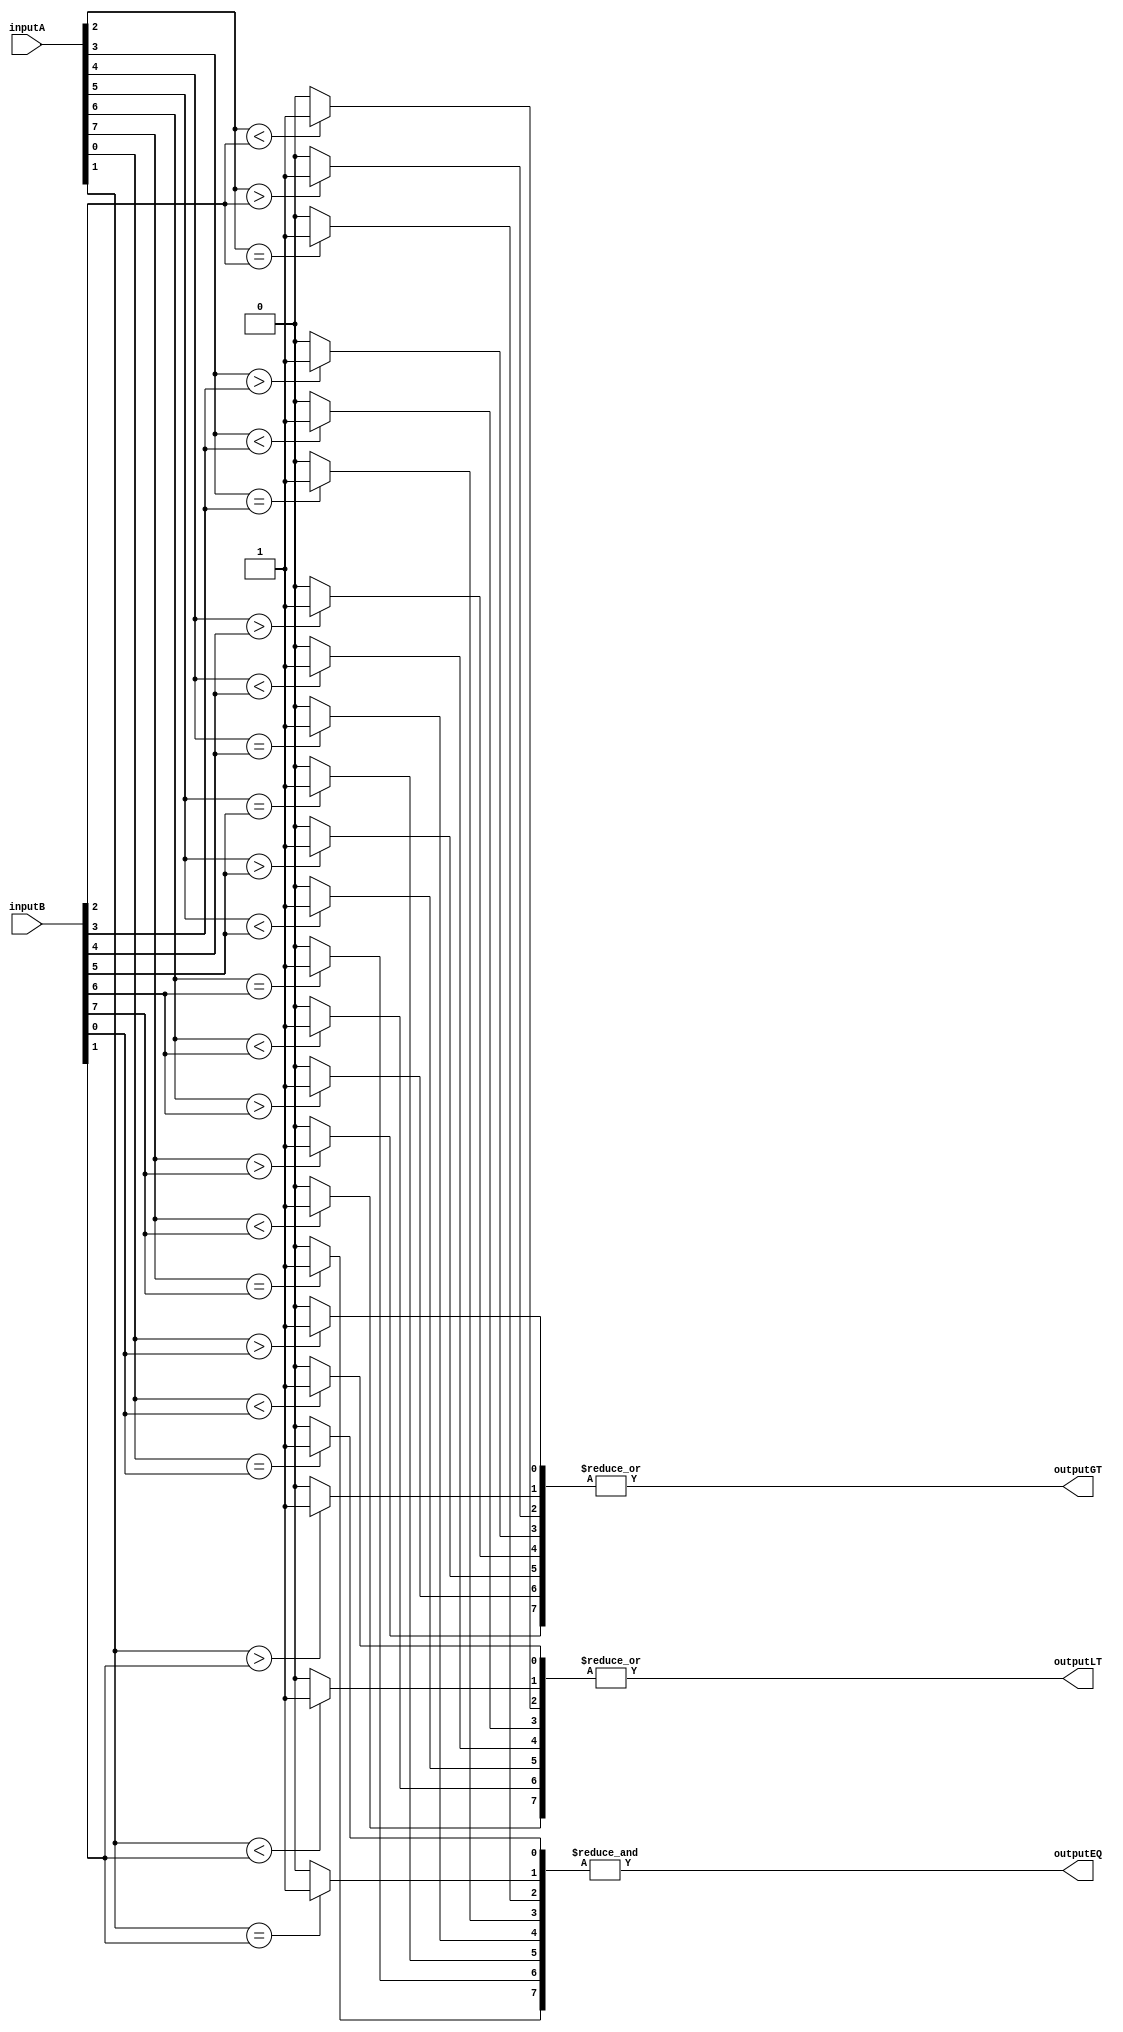
module comparator(
    input [7:0] inputA,
    input [7:0] inputB,
    output outputEQ,
    output outputGT,
    output outputLT
);

reg [7:0] eqOutputs, gtOutputs, ltOutputs;

// Compare each bit and generate outputs
genvar i;
generate
for (i = 0; i < 8; i=i+1) begin: compare_bits
    always @* begin
        if(inputA[i] == inputB[i]) eqOutputs[i] = 1;
        else eqOutputs[i] = 0;
        if(inputA[i] > inputB[i]) gtOutputs[i] = 1;
        else gtOutputs[i] = 0;
        if(inputA[i] < inputB[i]) ltOutputs[i] = 1;
        else ltOutputs[i] = 0;
    end
end
endgenerate

// Combining comparison results
assign outputEQ = &eqOutputs;
assign outputGT = |gtOutputs;
assign outputLT = |ltOutputs;

endmodule